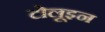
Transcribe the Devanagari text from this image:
टोलूइन